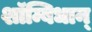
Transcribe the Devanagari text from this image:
शाॅम्बिधान्